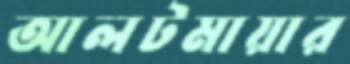
আলটমায়ার